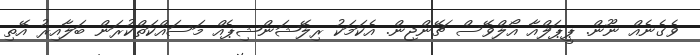
ވެގެނެއް ނޫން. ޕީޕަލްއާ އޯލްވޭސް ޗޭންޖިން. އެކަމަކު ރިލޭޝަންޝިޕެއް މަސައްކަތްކުރަން ބަލާއިރު އޭތި